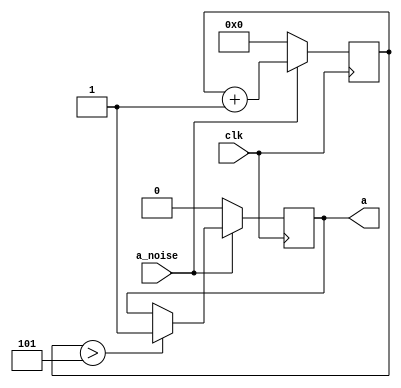
`timescale 1ns / 1ps
//////////////////////////////////////////////////////////////////////////////////
// Company: 
// Engineer: 
// 
// Design Name: 
// Module Name:    noise_cancel 
// Project Name: 
// Target Devices: 
// Tool versions: 
// Description: 
//
// Dependencies: 
//
// Revision: 
// Revision 0.01 - File Created
// Additional Comments: 
//
//////////////////////////////////////////////////////////////////////////////////
module noise_cancel(clk, a_noise, a);
    input clk;
    input a_noise;
    output a;

	reg a;
	reg [4:0] count;
	
	always @(posedge clk)
		if (a_noise == 1) 
			begin
				count <= count+1;
				if (count > 5) a <= 1;
			end
			
		else
			begin
				count <= 0;
				a <= 0;
			end
	
endmodule